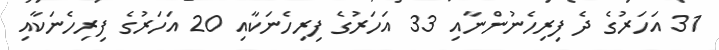
31 އަހަރުގެ ދެ ފިރިހެނުންނާއި 33 އަހަރުގެ ފިރިހެނަކާއި 20 އަހަރުގެ ފިރިހެނަކާއި